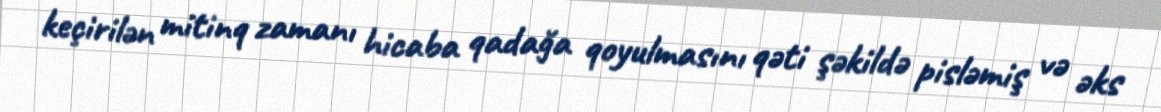
keçirilən mitinq zamanı hicaba qadağa qoyulmasını qəti şəkildə pisləmiş və əks